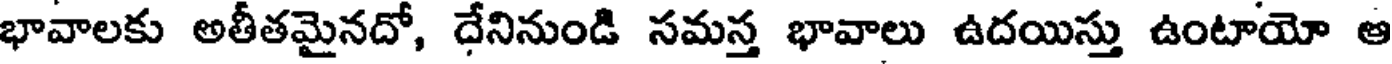
భావాలకు అతీతమైనదో, దేనినుండి సమస్త భావాలు ఉదయిస్తు ఉంటాయో ఆ